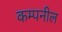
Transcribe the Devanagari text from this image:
कम्पनील